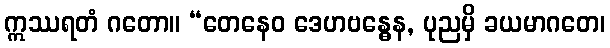
ဣဿရတံ ဂတော။ “တေနေဝ ဒေဟဗန္ဓေန, ပုညမှိ ခယမာဂတေ၊